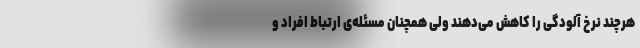
هرچند نرخ آلودگی را کاهش می‌دهند ولی همچنان مسئله‌ی ارتباط افراد و